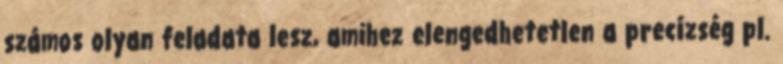
számos olyan feladata lesz, amihez elengedhetetlen a precízség pl.